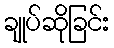
ချုပ်ဆိုခြင်း